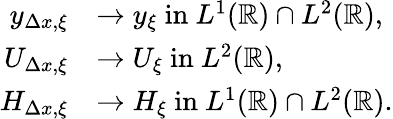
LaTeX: \begin{array}{rl}{y_{\Delta x,\xi}}&{\rightarrow y_{\xi}\mathrm{~in~}L^{1}(\mathbb{R})\cap L^{2}(\mathbb{R}),}\\ {U_{\Delta x,\xi}}&{\rightarrow U_{\xi}\mathrm{~in~}L^{2}(\mathbb{R}),}\\ {H_{\Delta x,\xi}}&{\rightarrow H_{\xi}\mathrm{~in~}L^{1}(\mathbb{R})\cap L^{2}(\mathbb{R}).}\end{array}